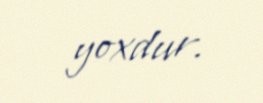
yoxdur.